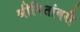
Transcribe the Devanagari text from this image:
श्रीपितांबरी